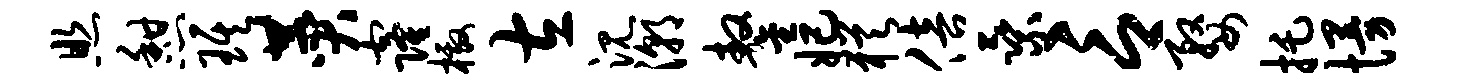
照憩琪赞窿檄左沉潮鏊妃犹倍乘言婺托慢